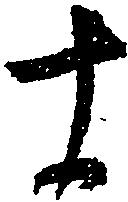
十